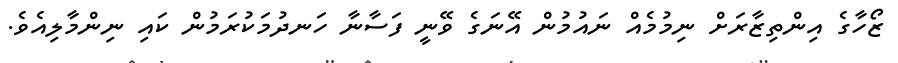
ޒޯހާގެ އިންތިޒާރަށް ނިމުމެއް ނައުމުން އޭނަގެ ވޭނީ ފަސާނާ ހަނދުމަކުރަމުން ކައި ނިންމާލިއެވެ.